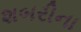
શબરીના